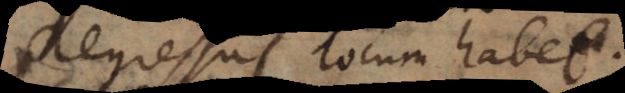
regressus locum habet.